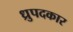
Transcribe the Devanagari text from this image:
ध्रुपदकार